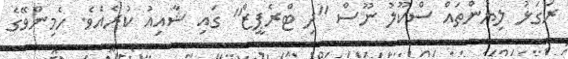
ރަގަޅު ލިޔުންތައް ސްކޫލު ނޫސް "ދި ޓްރެޕީޒް" ގައި ޝާއިއު ކުރެއެވެ. ހެމިންވޭގެ